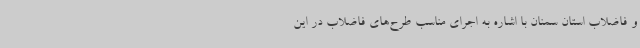
و فاضلاب استان سمنان با اشاره به اجرای مناسب طرح‌های فاضلاب در این